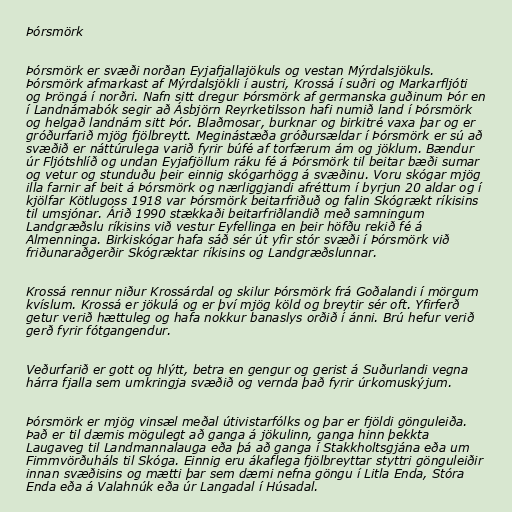
Þórsmörk

Þórsmörk er svæði norðan Eyjafjallajökuls og vestan Mýrdalsjökuls.
Þórsmörk afmarkast af Mýrdalsjökli í austri, Krossá í suðri og Markarfljóti
og Þröngá í norðri. Nafn sitt dregur Þórsmörk af germanska guðinum Þór en
í Landnámabók segir að Ásbjörn Reyrketilsson hafi numið land í Þórsmörk
og helgað landnám sitt Þór. Blaðmosar, burknar og birkitré vaxa þar og er
gróðurfarið mjög fjölbreytt. Meginástæða gróðursældar í Þórsmörk er sú að
svæðið er náttúrulega varið fyrir búfé af torfærum ám og jöklum. Bændur
úr Fljótshlíð og undan Eyjafjöllum ráku fé á Þórsmörk til beitar bæði sumar
og vetur og stunduðu þeir einnig skógarhögg á svæðinu. Voru skógar mjög
illa farnir af beit á Þórsmörk og nærliggjandi afréttum í byrjun 20 aldar og í
kjölfar Kötlugoss 1918 var Þórsmörk beitarfriðuð og falin Skógrækt ríkisins
til umsjónar. Árið 1990 stækkaði beitarfriðlandið með samningum
Landgræðslu ríkisins við vestur Eyfellinga en þeir höfðu rekið fé á
Almenninga. Birkiskógar hafa sáð sér út yfir stór svæði í Þórsmörk við
friðunaraðgerðir Skógræktar ríkisins og Landgræðslunnar.

Krossá rennur niður Krossárdal og skilur Þórsmörk frá Goðalandi í mörgum
kvíslum. Krossá er jökulá og er því mjög köld og breytir sér oft. Yfirferð
getur verið hættuleg og hafa nokkur banaslys orðið í ánni. Brú hefur verið
gerð fyrir fótgangendur.

Veðurfarið er gott og hlýtt, betra en gengur og gerist á Suðurlandi vegna
hárra fjalla sem umkringja svæðið og vernda það fyrir úrkomuskýjum.

Þórsmörk er mjög vinsæl meðal útivistarfólks og þar er fjöldi gönguleiða.
Það er til dæmis mögulegt að ganga á jökulinn, ganga hinn þekkta
Laugaveg til Landmannalauga eða þá að ganga í Stakkholtsgjána eða um
Fimmvörðuháls til Skóga. Einnig eru ákaflega fjölbreyttar styttri gönguleiðir
innan svæðisins og mætti þar sem dæmi nefna göngu í Litla Enda, Stóra
Enda eða á Valahnúk eða úr Langadal í Húsadal.